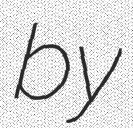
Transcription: by